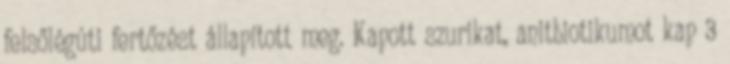
felsőlégúti fertőzést állapított meg. Kapott szurikat, anitbiotikumot kap 3